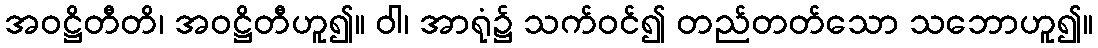
အဝဋ္ဌိတီတိ၊ အဝဋ္ဌိတီဟူ၍။ ဝါ၊ အာရုံ၌ သက်ဝင်၍ တည်တတ်သော သဘောဟူ၍။